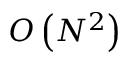
O \left( N ^ { 2 } \right)